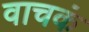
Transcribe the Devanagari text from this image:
वाचकं